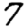
Digit: 7